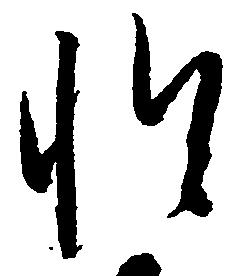
惶